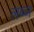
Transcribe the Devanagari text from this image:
लब्ज